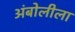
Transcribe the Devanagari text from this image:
अंबोलीला